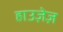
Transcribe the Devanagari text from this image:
हाउज़ेज़